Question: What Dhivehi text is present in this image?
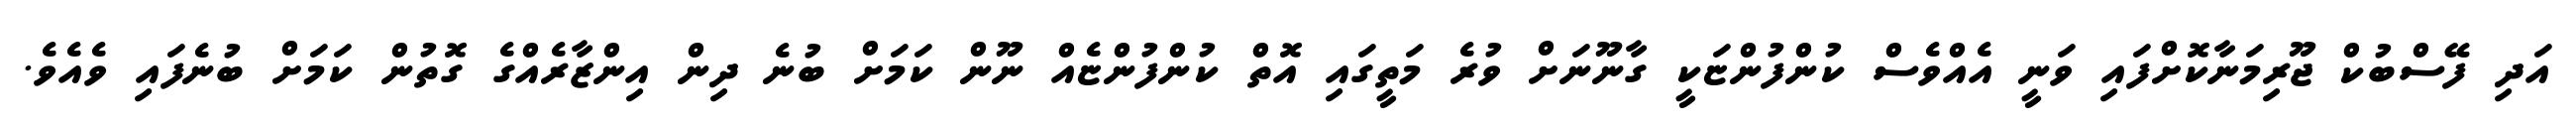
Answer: އަދި ފޭސްބުކް ޖޫރިމަނާކޮށްފައި ވަނީ އެއްވެސް ކުންފުންޏަކީ ގާނޫނަށް ވުރެ މަތީގައި އޮތް ކުންފުންޏެއް ނޫން ކަމަށް ބުނެ ދިން އިންޒާރެއްގެ ގޮތުން ކަމަށް ބުނެފައި ވެއެވެ.